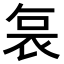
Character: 𭈆